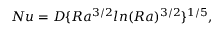
N u = D \lbrace R a ^ { 3 / 2 } l n ( R a ) ^ { 3 / 2 } \rbrace ^ { 1 / 5 } ,